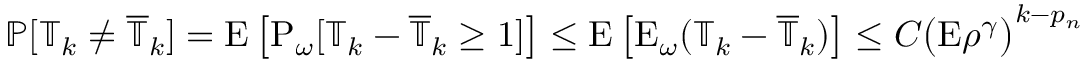
\mathbb { P } [ \mathbb { T } _ { k } \neq \overline { \mathbb { T } } _ { k } ] = \mathrm { E } \left[ \mathrm { P } _ { \omega } [ \mathbb { T } _ { k } - \overline { \mathbb { T } } _ { k } \geq 1 ] \right] \leq \mathrm { E } \left[ \mathrm { E } _ { \omega } ( \mathbb { T } _ { k } - \overline { \mathbb { T } } _ { k } ) \right] \leq C \big ( \mathrm { E } \rho ^ { \gamma } \big ) ^ { k - p _ { n } }